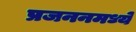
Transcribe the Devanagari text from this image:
प्रजननमध्ये